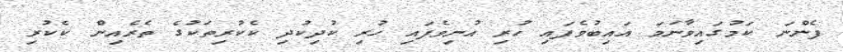
ފެންނަ ކަމުގައިވާނަމަ އައިބުވެފައި ހުރި އުނިވެފައި ހުރި ކުދިކުދި ކެކުރިތަކުގެ ތެރެއިން ކެކުރި